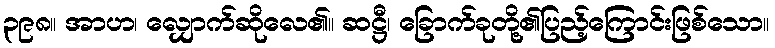
၃၉၈။ အာဟ၊ လျှောက်ဆိုလေ၏။ ဆဋ္ဌီ၊ ခြောက်ခုတို့၏ပြည့်ကြောင်းဖြစ်သော။